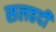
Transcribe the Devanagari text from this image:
सलहदी